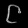
Digit: ၉